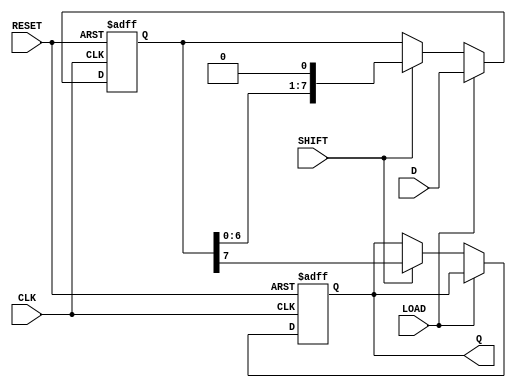
module dynamic_piso_register #(
    parameter WIDTH = 8  // Width of the data input
)(
    input wire [WIDTH-1:0] D,    // Parallel data inputs
    input wire LOAD,              // Load control signal
    input wire SHIFT,             // Shift control signal
    input wire CLK,               // Clock signal
    input wire RESET,             // Asynchronous reset signal
    output reg Q                 // Serial output
);

    // Internal storage for the PISO register
    reg [WIDTH-1:0] storage;      // Dynamic storage elements

    // Asynchronous reset and loading mechanism
    always @(posedge CLK or posedge RESET) begin
        if (RESET) begin
            storage <= {WIDTH{1'b0}}; // Clear the storage on reset
            Q <= 1'b0;                // Clear the output
        end else if (LOAD) begin
            storage <= D;             // Load data into storage
        end else if (SHIFT) begin
            // Shift the data out serially
            Q <= storage[WIDTH-1];    // Output the MSB
            storage <= {storage[WIDTH-2:0], 1'b0}; // Shift left
        end
    end

endmodule